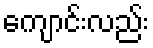
ကျောင်းလည်း